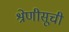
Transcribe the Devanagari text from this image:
श्रेणीसूची